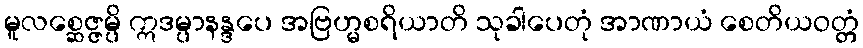
မူလစ္ဆေဇ္ဇမ္ပိ ဣဒမ္ပာနန္ဒပေ အဗြဟ္မစရိယာတိ သုခါပေတုံ အာဏာယံ စေတိယဝတ္တံ